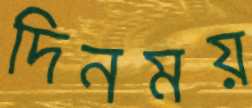
দিনময়